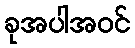
ခုအပါအဝင်